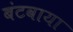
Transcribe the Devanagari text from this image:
बंटवाया